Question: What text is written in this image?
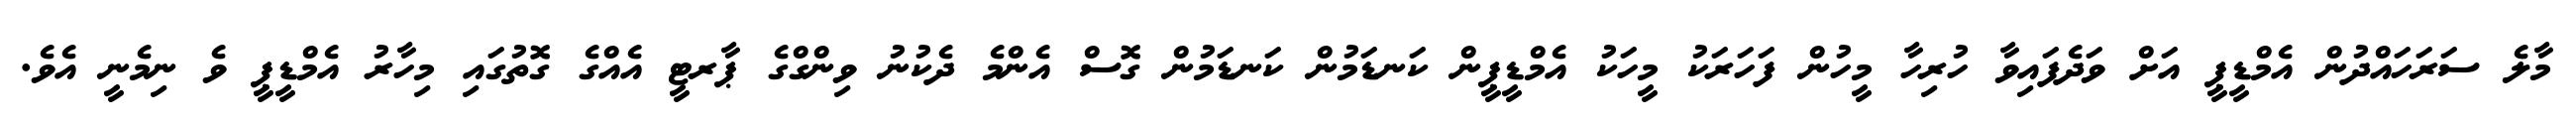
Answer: މާލެ ސަރަހައްދުން އެމްޑީޕީ އަށް ވަދެފައިވާ ހުރިހާ މީހުން ފަހަރަކު މީހަކު އެމްޑީޕީން ކަނޑަމުން ކަނޑަމުން ގޮސް އެންމެ ދެކުނު ވިންގްގެ ޕާރޓީ އެއްގެ ގޮތުގައި މިހާރު އެމްޑީޕީ ވެ ނިމެނީ އެވެ.